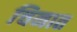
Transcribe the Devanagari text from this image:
चिनात